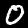
Digit: 0